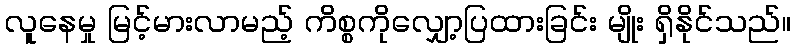
လူနေမှု မြင့်မားလာမည့် ကိစ္စကိုလျှော့ပြထားခြင်း မျိုး ရှိနိုင်သည်။